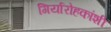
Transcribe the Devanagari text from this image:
गिर्यारोहकांशी